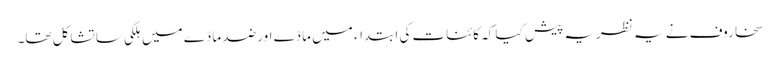
سخاروف نے یہ نظریہ پیش کیا کہ کائنات کی ابتداء میں مادّے اور ضد مادّے میں ہلکی سا تشاکل تھا۔